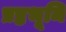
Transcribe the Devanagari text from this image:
प्रष्ठभूमि